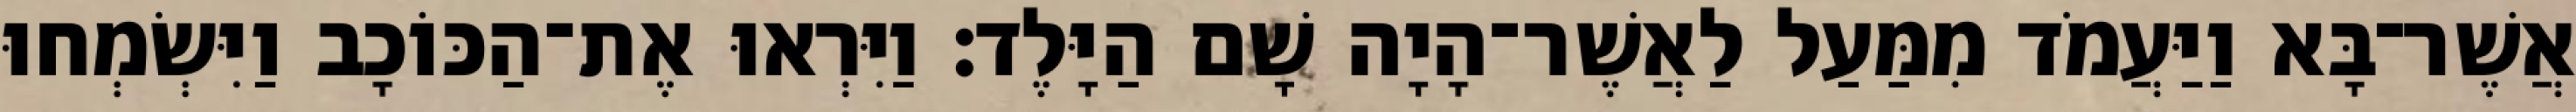
אֲשֶׁר־בָּא וַיַּעֲמֹד מִמַּעַל לַאֲשֶׁר־הָיָה שָׁם הַיָּלֶד׃ וַיִּרְאוּ אֶת־הַכּוֹכָב וַיִּשְׂמְחוּ